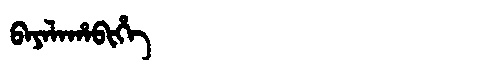
Manchu: ᠪᠠᠶᠠᠯᠠᡥᠠᠪᡳᡥᡝ
Romanization: BAYALAHABIHE